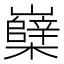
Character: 𡾹